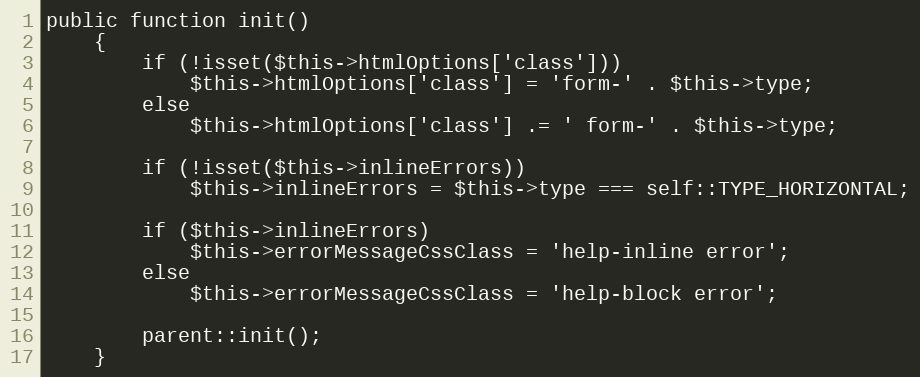
Language: PHP
public function init()
	{
		if (!isset($this->htmlOptions['class']))
			$this->htmlOptions['class'] = 'form-' . $this->type;
		else
			$this->htmlOptions['class'] .= ' form-' . $this->type;

		if (!isset($this->inlineErrors))
			$this->inlineErrors = $this->type === self::TYPE_HORIZONTAL;

		if ($this->inlineErrors)
			$this->errorMessageCssClass = 'help-inline error';
		else
			$this->errorMessageCssClass = 'help-block error';

		parent::init();
	}